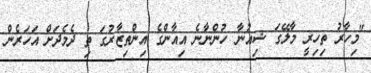
"މިހާރު ތިހިރީ މާލޭގަ ޝިއުނާ ހުންނާނެ އިއާންގެ އިންތިޒާރުގަ ތި ދެމެދަށް އަހަރެން